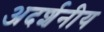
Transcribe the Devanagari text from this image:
अदर्शनीय